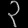
Digit: ၃